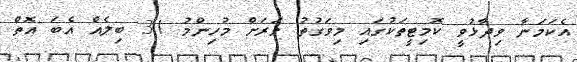
އެކަމަނާ ވިދާޅުވީ ކޮމިޓީތަކުގައި މިވަގުތު ވަރަށް މުހިންމު 31 ބިލެއް އެބަ އޮތް